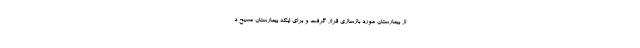
از بیمارستان مورد بازسازی قرار گرفت و برای اینکه بیمارستان مسیح د